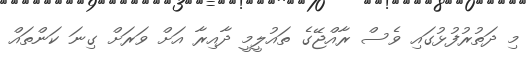
މި ދަތުރުފުޅުގައި ވެސް ރާއްޖޭގެ ތައުލީމީ ދާއިރާ އަށް ވަރަށް ގިނަ ކަންތައް